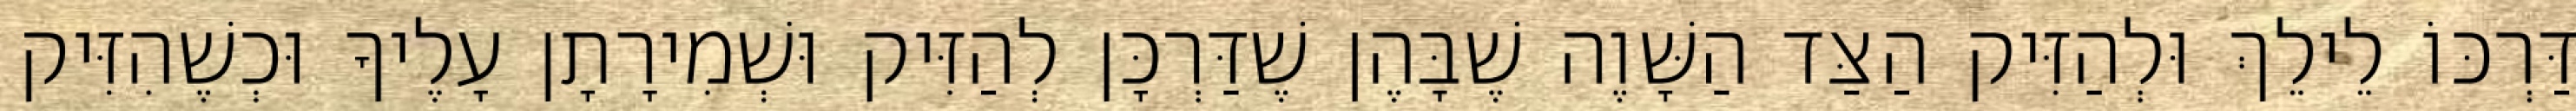
דַּרְכּוֹ לֵילֵךְ וּלְהַזִּיק הַצַּד הַשָּׁוֶה שֶׁבָּהֶן שֶׁדַּרְכָּן לְהַזִּיק וּשְׁמִירָתָן עָלֶיךָ וּכְשֶׁהִזִּיק